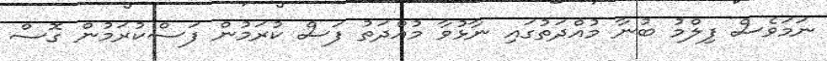
ނަމަވެސް ފިލްމު ބުނާ މުއްދަތުގައި ނާޅުވާ މުއްދަތު ފަސް ކުރަމުން ފަސްކުރަމުން ގޮސް